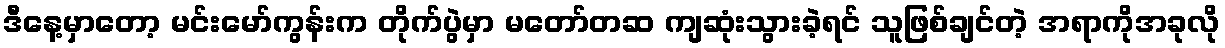
ဒီနေ့မှာတော့ မင်းမော်ကွန်းက တိုက်ပွဲမှာ မတော်တဆ ကျဆုံးသွားခဲ့ရင် သူဖြစ်ချင်တဲ့ အရာကိုအခုလို